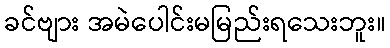
ခင်ဗျား အမဲပေါင်းမမြည်းရသေးဘူး။